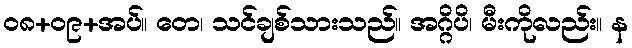
၀၈+၀၉+အပ်။ တေ၊ သင်ချစ်သားသည်။ အဂ္ဂိပိ၊ မီးကိုလည်း။ န